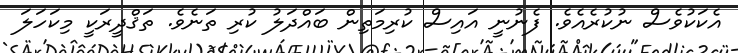
އެކަކުވެސް ނުކުރެއެވެ. ފެނުނީ އައިސް ކުރިމަތިން ބައްދަލު ކުރި ތަނެވެ. ތަޤްދީރަކީ މިކަހަލަ